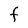
Character: F